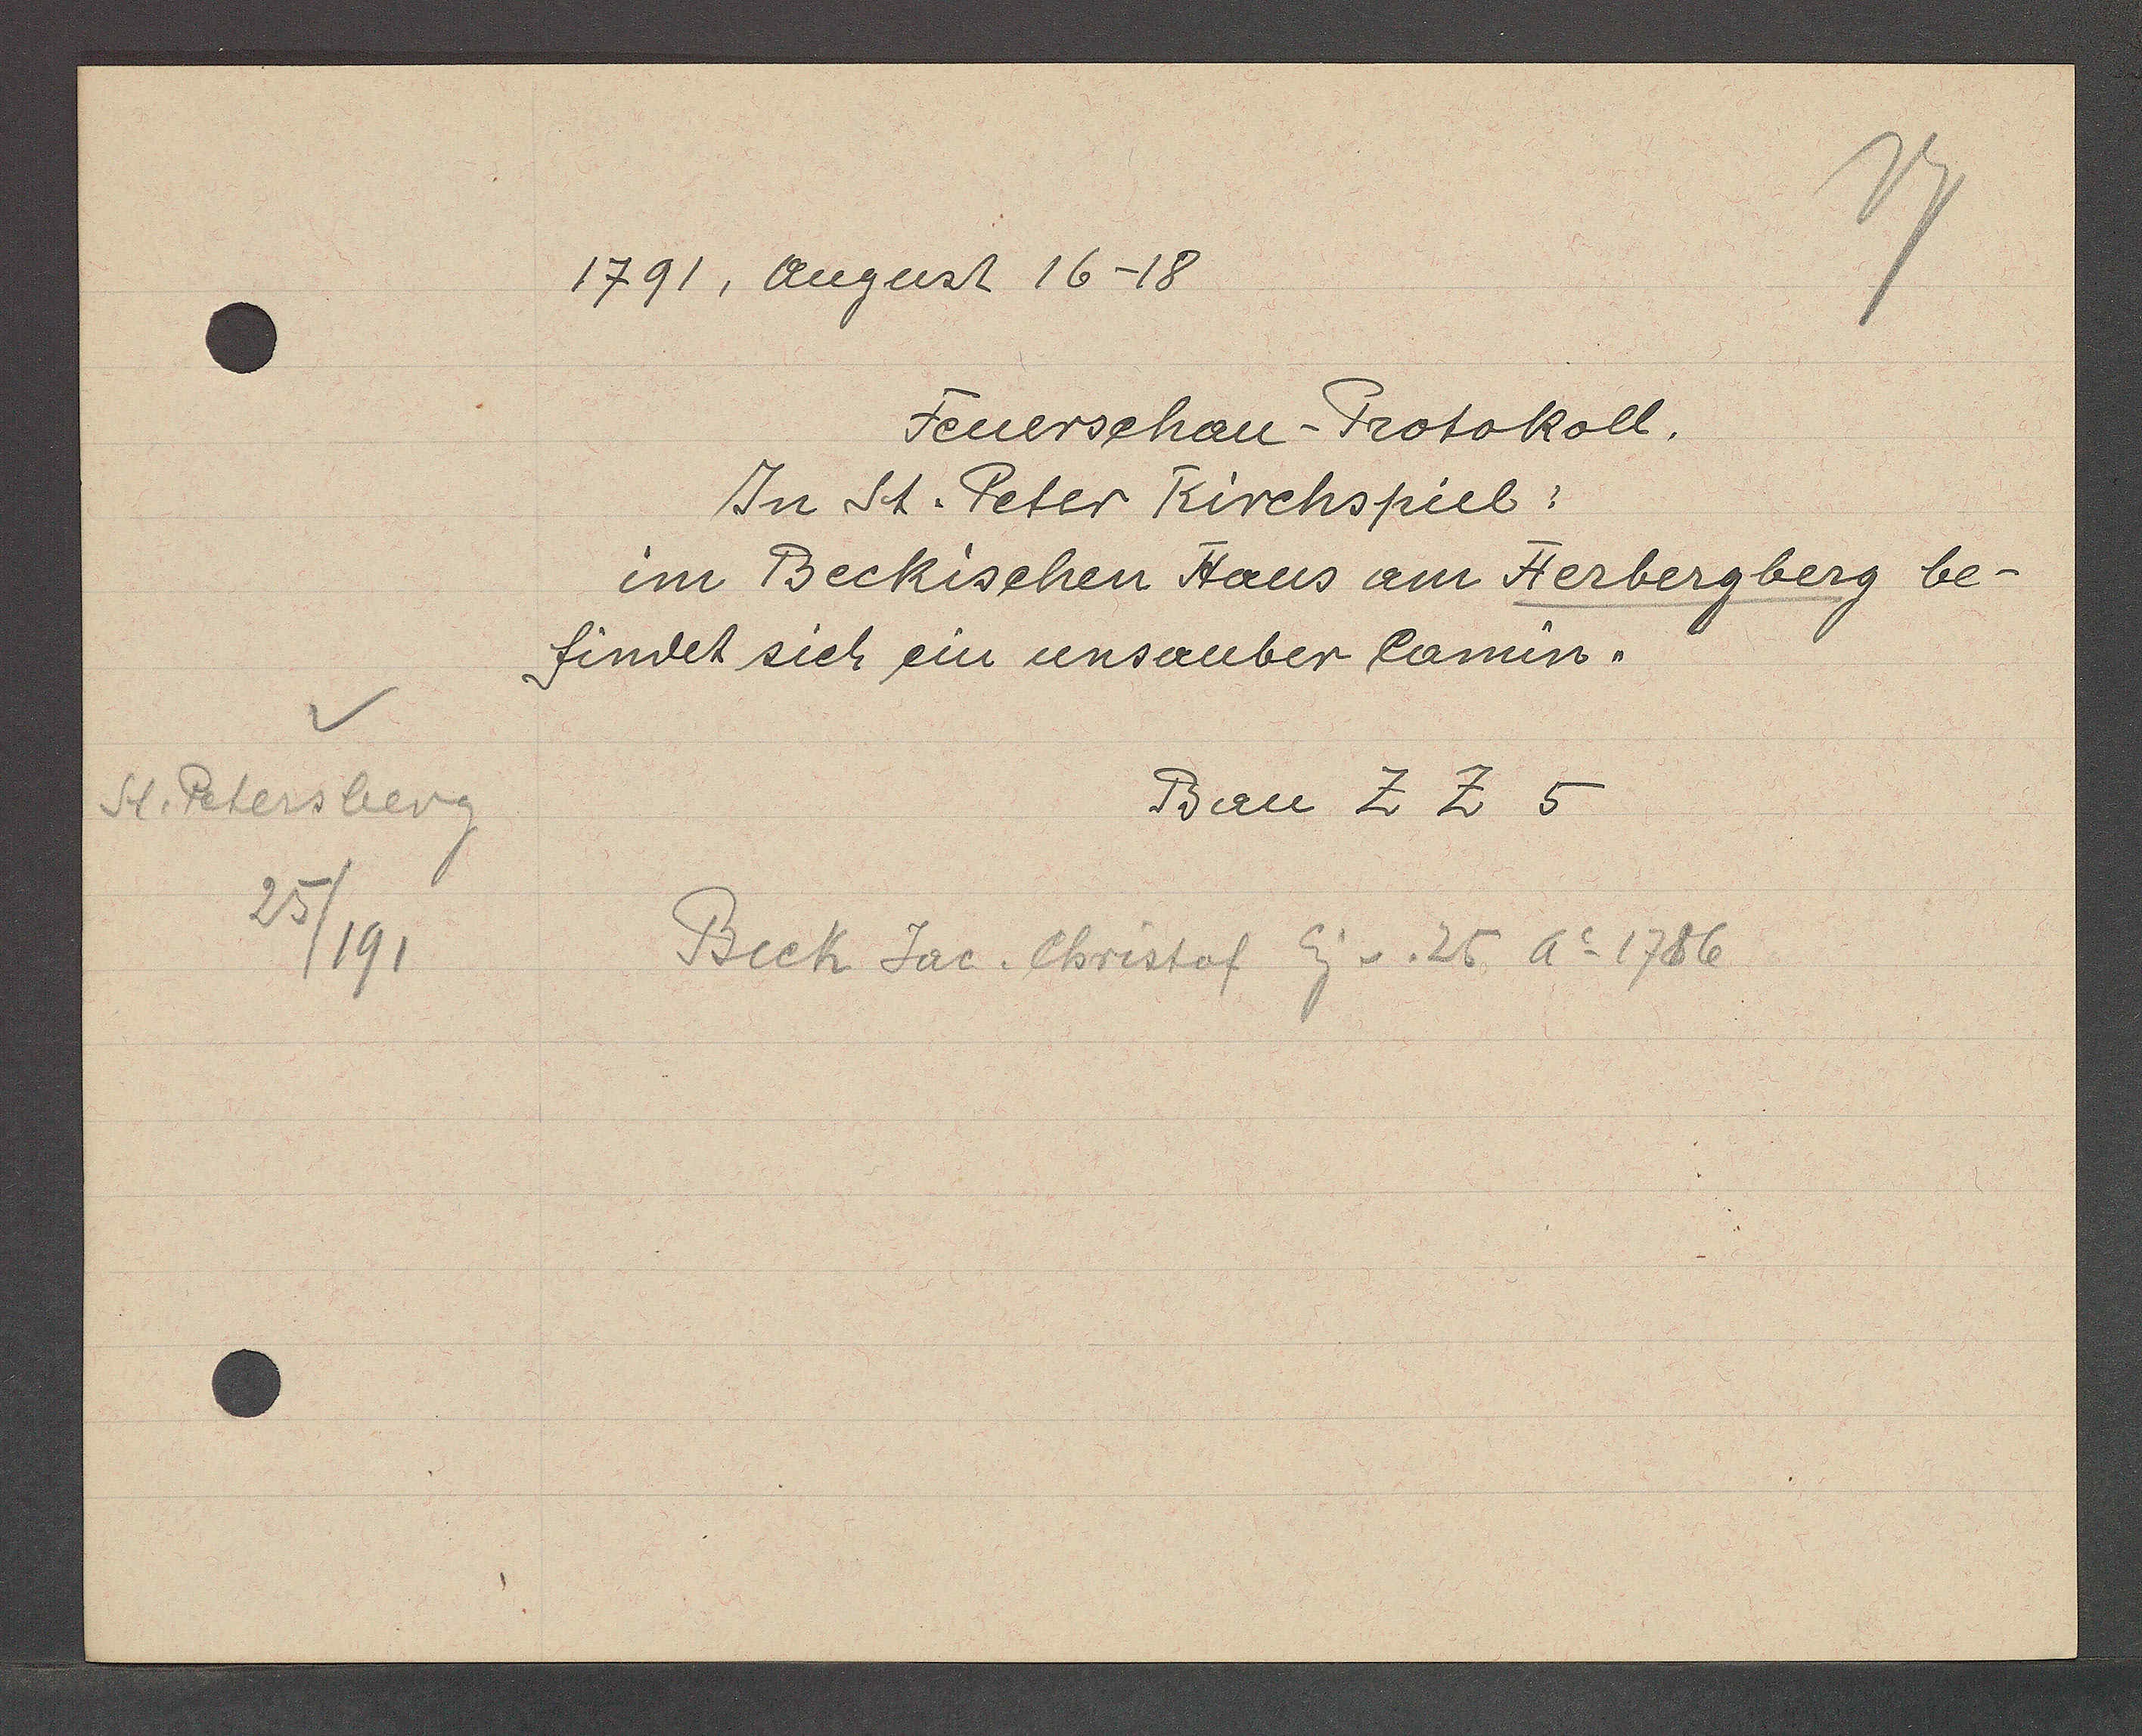
Transcript:
St. Petersberg
25/191

1791, August 16-18

Feuerschau-Protokoll.
In St. Peter Kirchspiel:
im Beckischen Haus am Herbergberg be¬
findet sich ein unsauber Camin.

Bau Z Z 5

Beck Jac. Christof Eig v. 25 Ao 1786